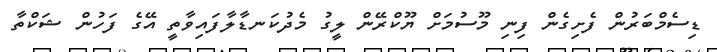
ޑިސެމްބަރުން ފެށިގެން ފިނި މޫސުމަށް ޔޫކްރޭން ލީގު މެދުކަނޑާލާފައިވާތީ އޭގެ ފަހުން ޝަކްތާ